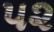
૫૨